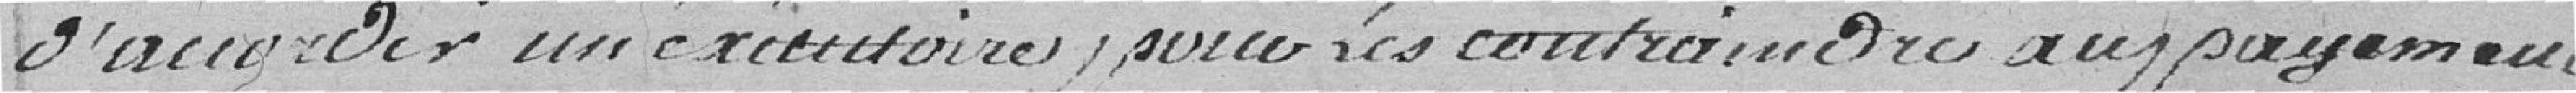
d'accorder un exécutoire pour les contraindre au payement